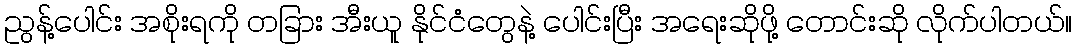
ညွန့်ပေါင်း အစိုးရကို တခြား အီးယူ နိုင်ငံတွေနဲ့ ပေါင်းပြီး အရေးဆိုဖို့ တောင်းဆို လိုက်ပါတယ်။